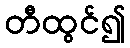
တီထွင်၍